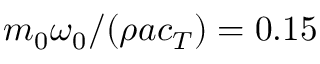
m _ { 0 } \omega _ { 0 } / ( \rho a c _ { T } ) = 0 . 1 5